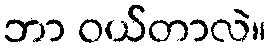
ဘာ ဝယ်တာလဲ။